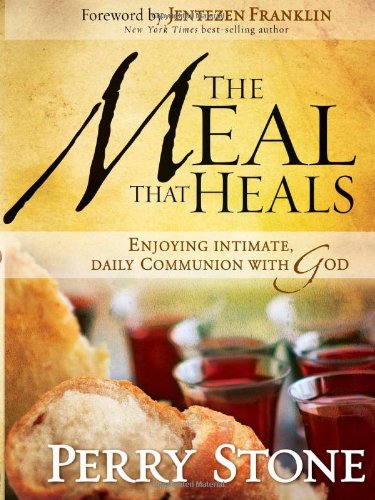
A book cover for The Meal That Heals: Enjoying Intimate, Daily Communion with God; Perry Stone; Christian Books & Bibles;